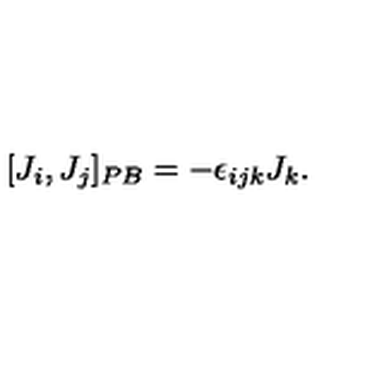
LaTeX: [ J _ { i } , J _ { j } ] _ { P B } = - \epsilon _ { i j k } J _ { k } .